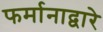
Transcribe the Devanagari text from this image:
फर्मानाद्वारे